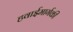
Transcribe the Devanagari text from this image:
हवाईमार्गकी